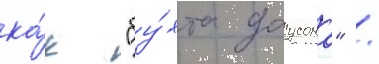
ка́к "бу́хта доусона" /